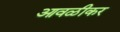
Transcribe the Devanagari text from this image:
आवळीकर